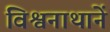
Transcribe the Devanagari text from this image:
विश्वनाथानें